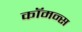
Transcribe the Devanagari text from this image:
कॉमन्‍स